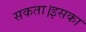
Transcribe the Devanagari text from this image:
सकता।इसका